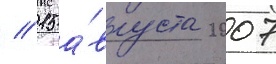
// 15 а́вгуста 2007